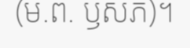
(ម.ព. ឫសភ)។